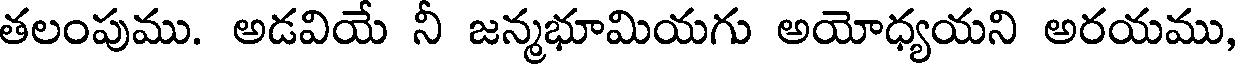
తలంపుము. అడవియే నీ జన్మభూమియగు అయోధ్యయని అరయము,